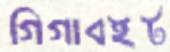
গিগাবইট